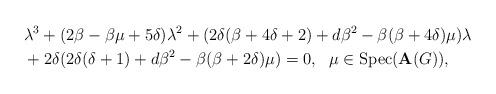
LaTeX: \begin{align*}& \lambda {}^3 +(2 \beta - \beta \mu +5 \delta ) \lambda {}^2 +(2 \delta ( \beta +4 \delta +2) +d \beta {}^2 - \beta ( \beta +4 \delta ) \mu ) \lambda \\&+ 2 \delta ( 2 \delta ( \delta +1)+d \beta ^2 - \beta ( \beta +2 \delta ) \mu )=0 , \ \ \mu \in {\rm Spec} ({\bf A} (G)) , \end{align*}